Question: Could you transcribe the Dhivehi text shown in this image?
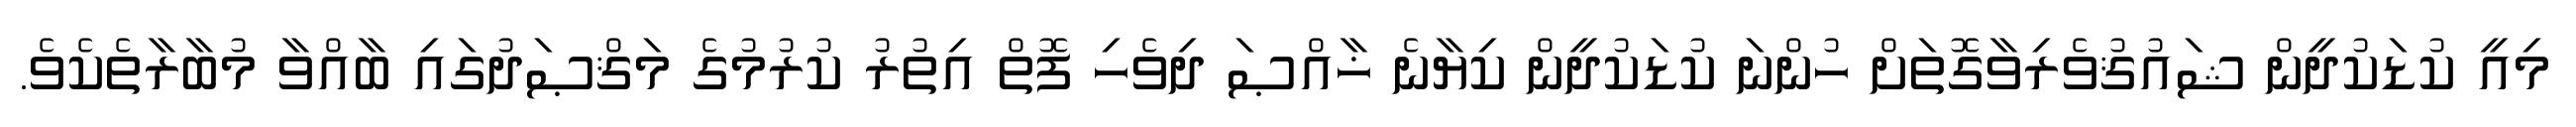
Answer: މިއީ ކުޑަކުދީން ޝައުޤުވެރިވާގޮތަށް ހުންނަ ކުޑަކުދީން ކިޔާނެ ޚާއްޞަ ދިވެހި ފޮތް އިތުރު ކުރުމުގެ މަޤްޞަދުގައި ބާއްވާ މުބާރާތެކެވެ.